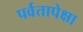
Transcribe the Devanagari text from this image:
पर्वतापेक्षा